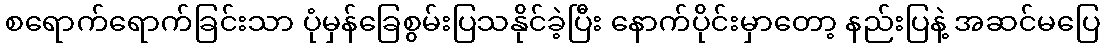
စရောက်ရောက်ခြင်းသာ ပုံမှန်ခြေစွမ်းပြသနိုင်ခဲ့ပြီး နောက်ပိုင်းမှာတော့ နည်းပြနဲ့ အဆင်မပြေ